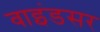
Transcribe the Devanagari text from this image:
वाइंडसर